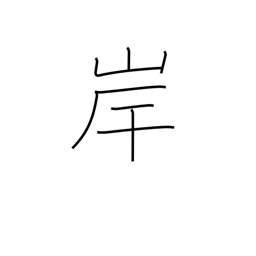
Meaning: beach